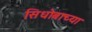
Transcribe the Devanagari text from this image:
सिधोबाच्या